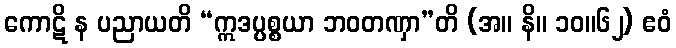
ကောဋိ န ပညာယတိ “ဣဒပ္ပစ္စယာ ဘဝတဏှာ”တိ (အ။ နိ။ ၁၀။၆၂) ဧဝံ